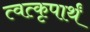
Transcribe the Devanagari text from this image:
त्वत्कृपार्थं